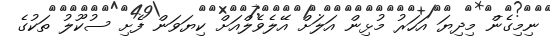
ނިމިގެން މިދިޔަ އަހަރު މުޅިން އަލަށް އޭލެވެލްއަށް ކިޔަވަން ފެށި ސުކޫލު ތަކުގެ